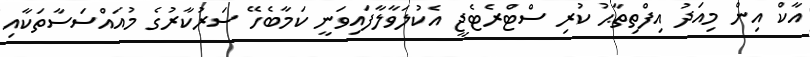
އާކް އިން މިއަދު އިފްތިތާޙު ކުރި ސްޓްރެޓެޖީ އެކުލަވާލާފައިވަނީ ކަމާބެހޭ ސަރުކާރުގެ މުއައްސަސާތަކާއި